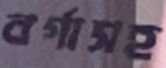
বর্গাসহ